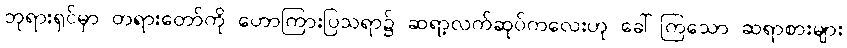
ဘုရားရှင်မှာ တရားတော်ကို ဟောကြားပြသရာ၌ ဆရာ့လက်ဆုပ်ကလေးဟု ခေါ်ကြသော ဆရာစားများ